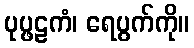
ပုပ္ဖဠကံ၊ ရေပွက်ကို။